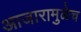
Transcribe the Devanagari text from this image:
आजारामुळेच